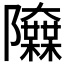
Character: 𨽬